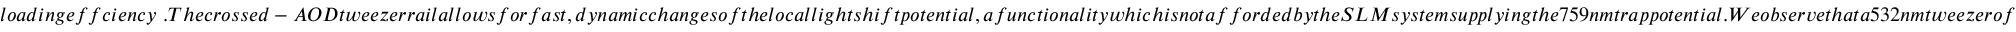
l o a d i n g e f f c i e n c y ~ . T h e c r o s s e d - A O D t w e e z e r r a i l a l l o w s f o r f a s t , d y n a m i c c h a n g e s o f t h e l o c a l l i g h t s h i f t p o t e n t i a l , a f u n c t i o n a l i t y w h i c h i s n o t a f f o r d e d b y t h e S L M s y s t e m s u p p l y i n g t h e 7 5 9 n m t r a p p o t e n t i a l . W e o b s e r v e t h a t a 5 3 2 n m t w e e z e r o f